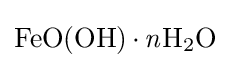
{\ce {FeO(OH).{\mathit {n}}H2O}}